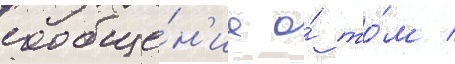
сообще́н'ие о́ то́м /